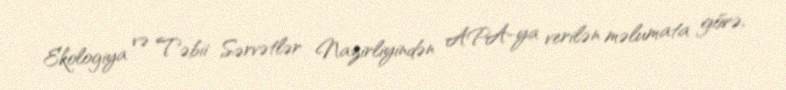
Ekologiya və Təbii Sərvətlər Nazirliyindən APA-ya verilən məlumata görə,